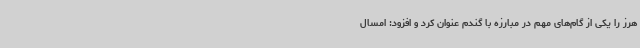
هرز را یکی از گام‌های مهم در مبارزه با گندم عنوان کرد و افزود: امسال